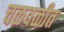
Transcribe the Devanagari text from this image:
चळवळीत